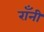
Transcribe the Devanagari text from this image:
रॉंनी